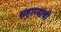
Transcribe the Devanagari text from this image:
सहाय्याची